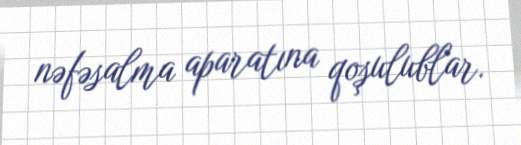
nəfəsalma aparatına qoşulublar.